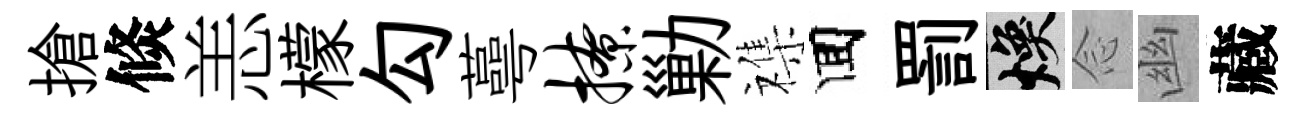
搶倐恙檬勾蕚撩勦襍囬罰焕𫝹幽藏